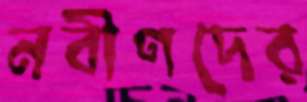
নবীণদের